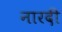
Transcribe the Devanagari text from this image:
नारदी